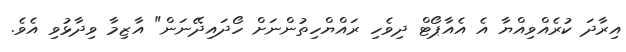
އިރާދަ ކުރެއްވިއްޔާ އެ އެއާޕޯޓް ދިވެހި ރައްޔްހިތުންނަށް ހޯދައިދޭނަން" އާޒިމާ ވިދާޅުވި އެވެ.